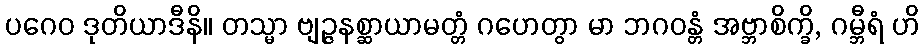
ပဂေဝ ဒုတိယာဒီနိ။ တသ္မာ ဗျဉ္ဇနစ္ဆာယာမတ္တံ ဂဟေတွာ မာ ဘဂဝန္တံ အဗ္ဘာစိက္ခိ, ဂမ္ဘီရံ ဟိ